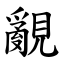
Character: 覶